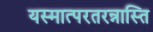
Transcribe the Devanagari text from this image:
यस्मात्परतरन्नास्ति